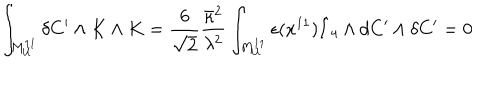
\int _ { M _ { U } ^ { 1 1 } } \delta C ^ { \prime } \wedge K \wedge K = \frac { 6 } { \sqrt { 2 } } \frac { \bar { \kappa } ^ { 2 } } { \lambda ^ { 2 } } \int _ { M _ { U } ^ { 1 1 } } \epsilon ( x ^ { 1 1 } ) \hat { I } _ { 4 } \wedge d C ^ { \prime } \wedge \delta C ^ { \prime } = 0